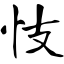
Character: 忮